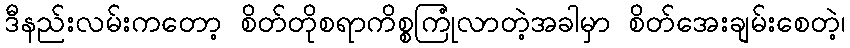
ဒီနည်းလမ်းကတော့ စိတ်တိုစရာကိစ္စကြုံလာတဲ့အခါမှာ စိတ်အေးချမ်းစေတဲ့၊